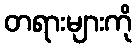
တရားများကို